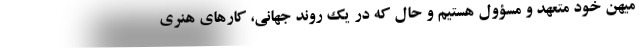
میهن خود متعهد و مسؤول هستیم و حال که در یک روند جهانی، کارهای هنری